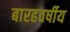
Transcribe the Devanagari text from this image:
बारहवर्षीय